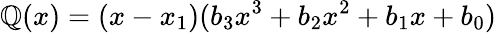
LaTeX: \mathbb{Q}(x)=(x-x_{1})(b_{3}x^{3}+b_{2}x^{2}+b_{1}x+b_{0})